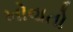
ખોવાતો